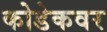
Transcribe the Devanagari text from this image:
कोडेकवर